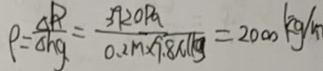
\rho = \frac { \Delta P } { \Delta h g } = \frac { 3 9 2 0 p a } { 0 . 2 m \times 9 . 8 N / k g } = 2 0 0 0 k g / m